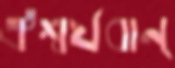
ঐশ্বর্যবান্‌